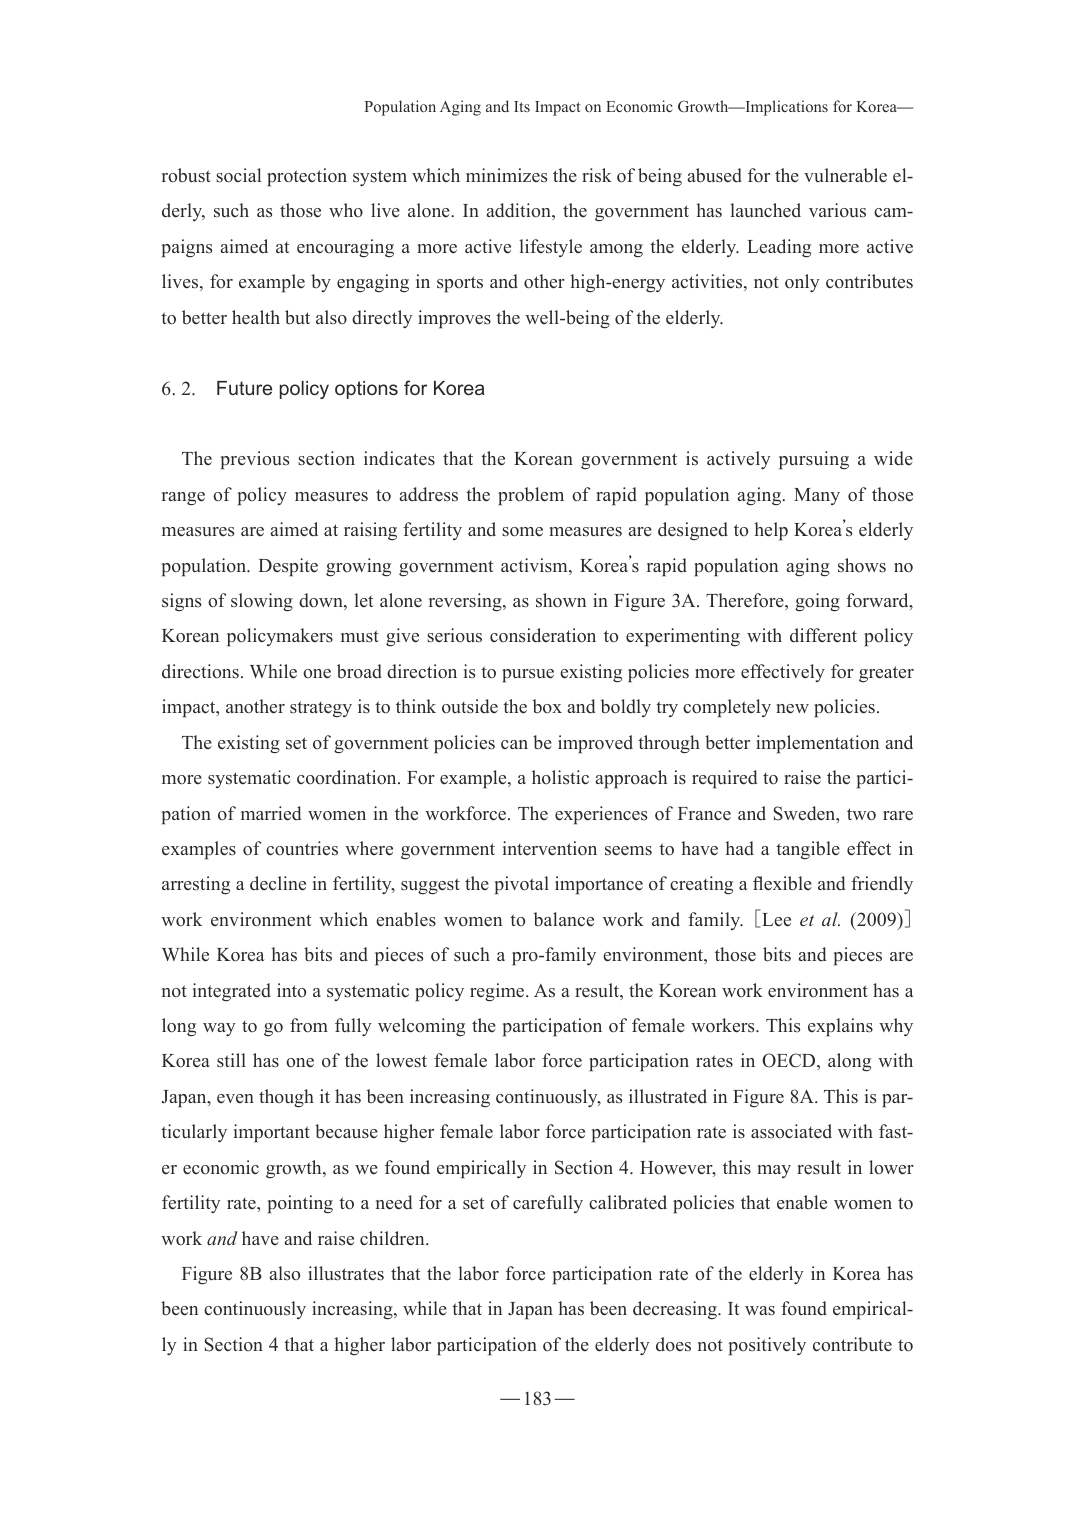
Population Aging and Its Impact on Economic Growth—Implications for Korea—

robust social protection system which minimizes the risk of being abused for the vulnerable elderly, such as those who live alone. In addition, the government has launched various campaigns aimed at encouraging a more active lifestyle among the elderly. Leading more active lives, for example by engaging in sports and other high-energy activities, not only contributes to better health but also directly improves the well-being of the elderly.

6.2. Future policy options for Korea

The previous section indicates that the Korean government is actively pursuing a wide range of policy measures to address the problem of rapid population aging. Many of those measures are aimed at raising fertility and some measures are designed to help Korea’s elderly population. Despite growing government activism, Korea’s rapid population aging shows no signs of slowing down, let alone reversing, as shown in Figure 3A. Therefore, going forward, Korean policymakers must give serious consideration to experimenting with different policy directions. While one broad direction is to pursue existing policies more effectively for greater impact, another strategy is to think outside the box and boldly try completely new policies.

The existing set of government policies can be improved through better implementation and more systematic coordination. For example, a holistic approach is required to raise the participation of married women in the workforce. The experiences of France and Sweden, two rare examples of countries where government intervention seems to have had a tangible effect in arresting a decline in fertility, suggest the pivotal importance of creating a flexible and friendly work environment which enables women to balance work and family. [Lee et al. (2009)] While Korea has bits and pieces of such a pro-family environment, those bits and pieces are not integrated into a systematic policy regime. As a result, the Korean work environment has a long way to go from fully welcoming the participation of female workers. This explains why Korea still has one of the lowest female labor force participation rates in OECD, along with Japan, even though it has been increasing continuously, as illustrated in Figure 8A. This is particularly important because higher female labor force participation rate is associated with faster economic growth, as we found empirically in Section 4. However, this may result in lower fertility rate, pointing to a need for a set of carefully calibrated policies that enable women to work and have and raise children.

Figure 8B also illustrates that the labor force participation rate of the elderly in Korea has been continuously increasing, while that in Japan has been decreasing. It was found empirically in Section 4 that a higher labor participation of the elderly does not positively contribute to

— 183 —